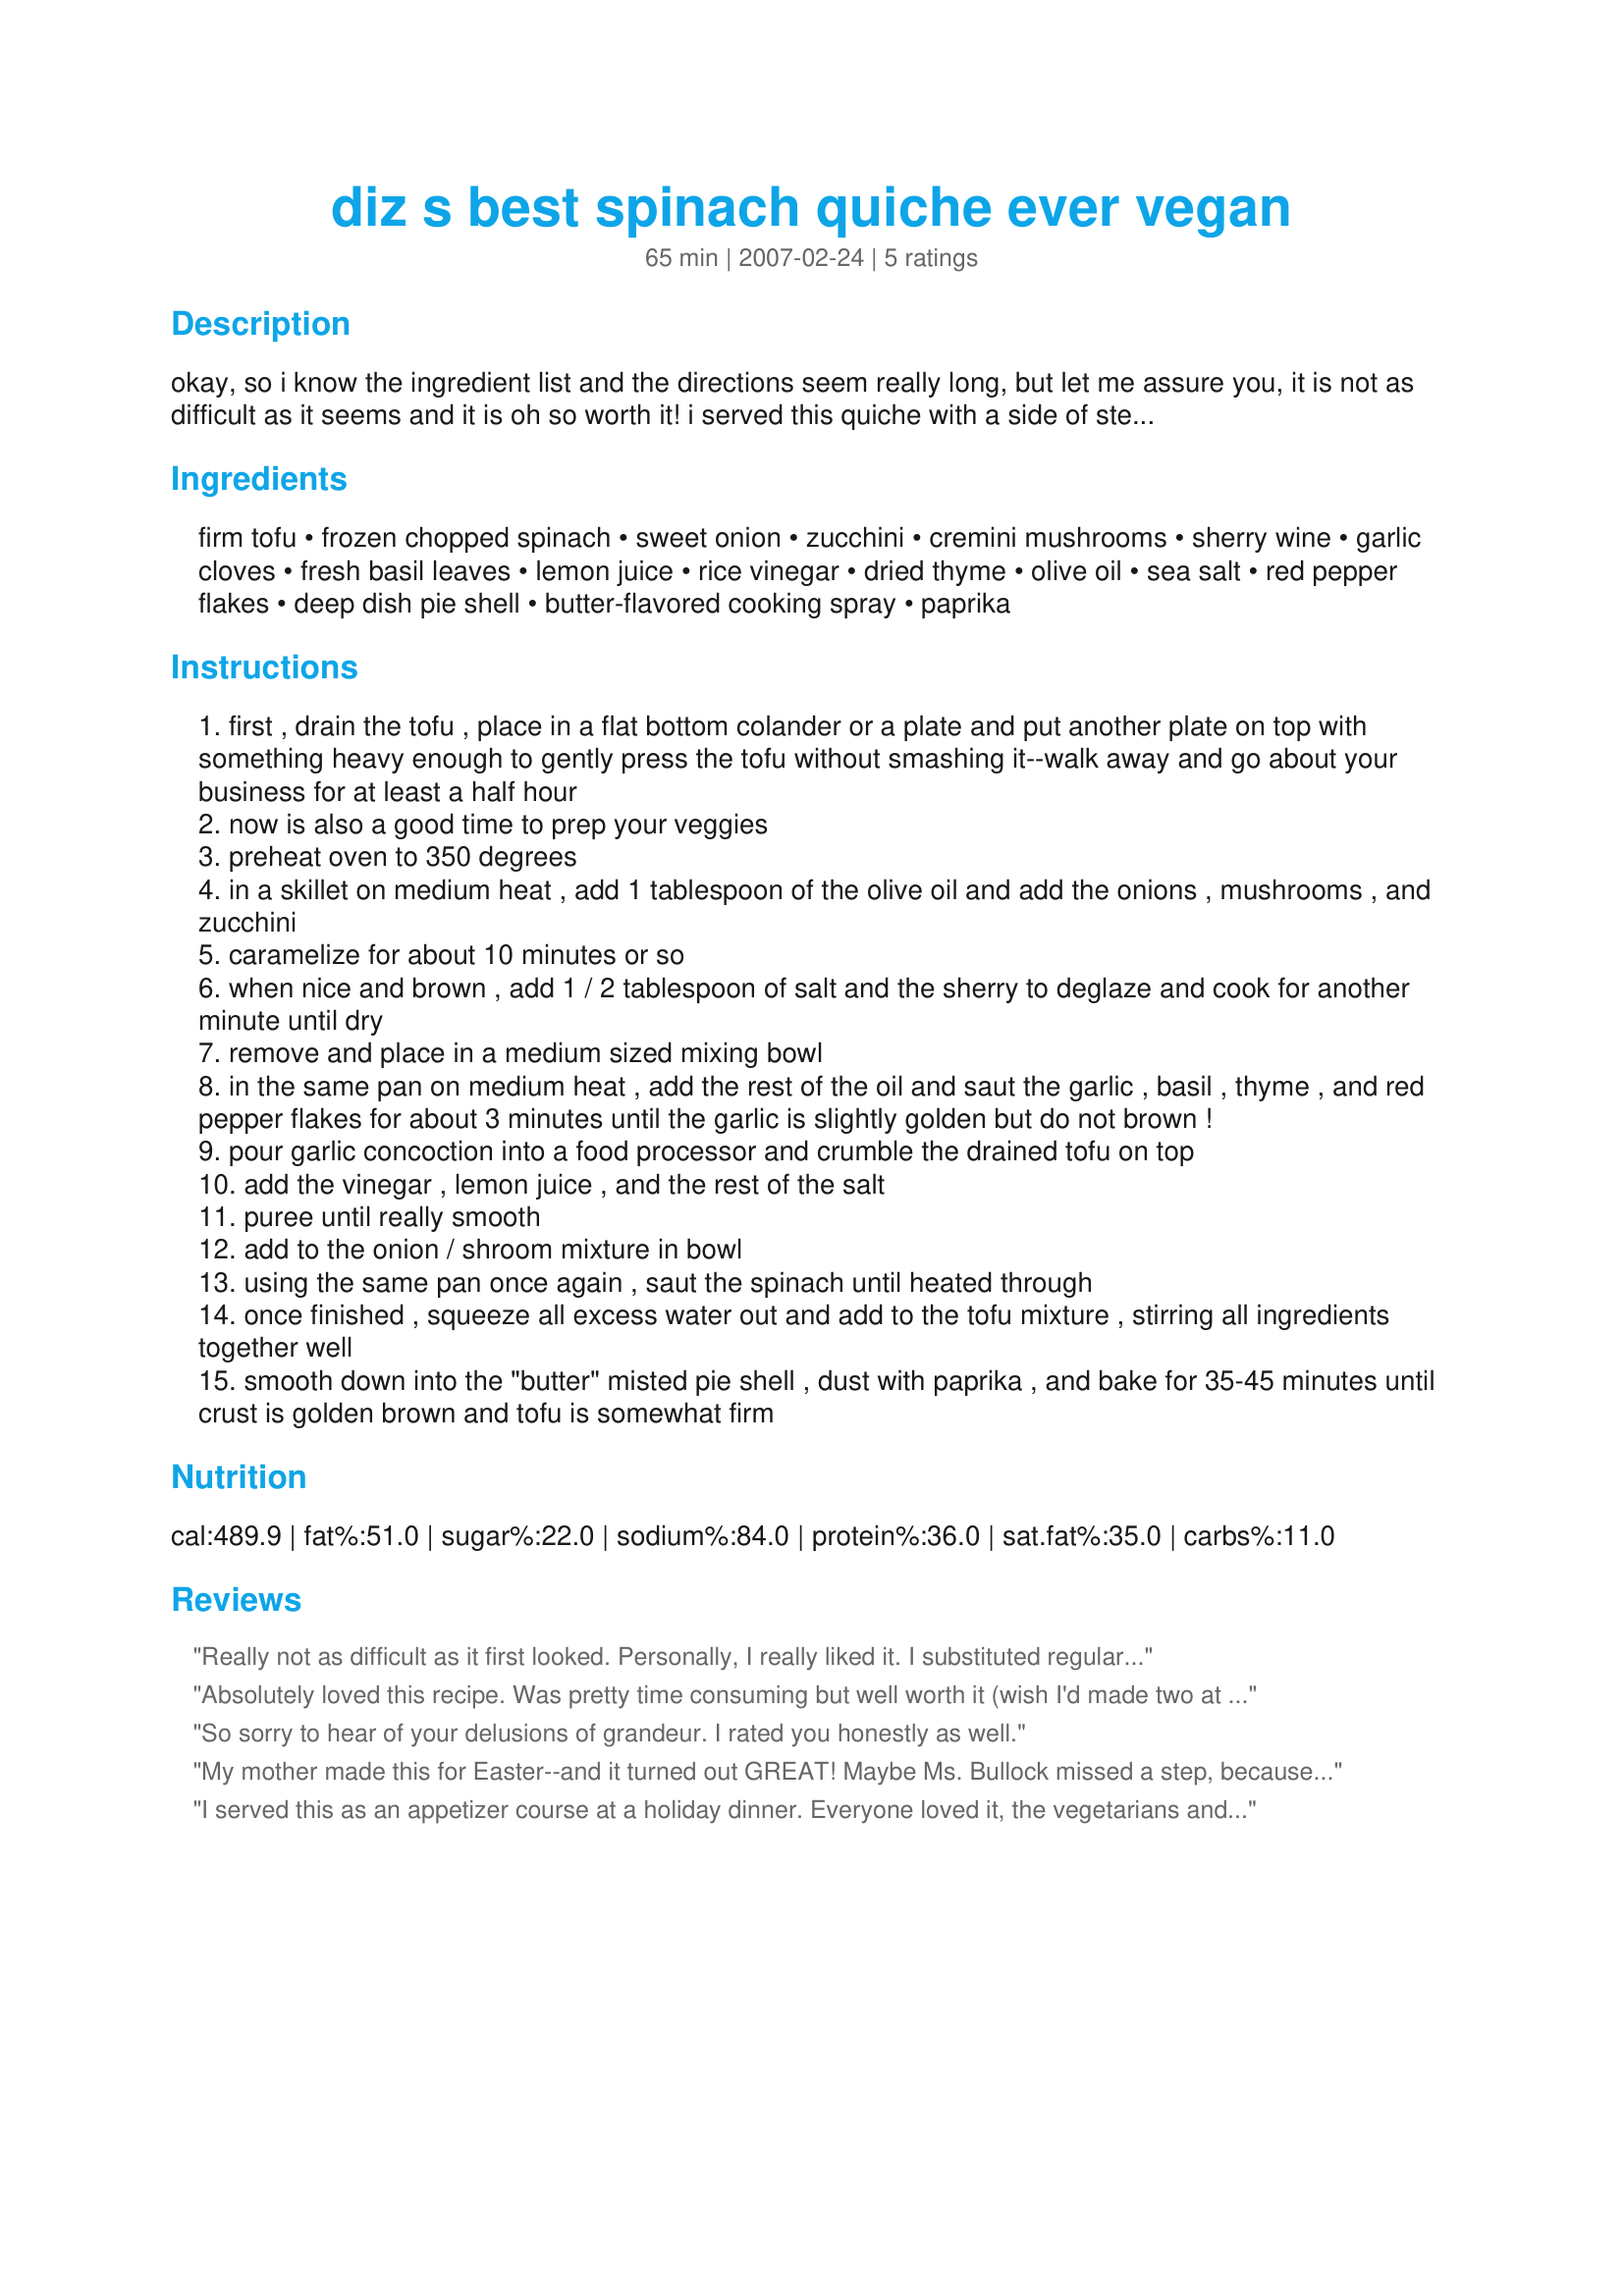
diz s best spinach quiche ever vegan
Preparation time: 65 minutes

okay, so i know the ingredient list and the directions seem really long, but let me assure you, it is not as difficult as it seems and it is oh so worth it! i served this quiche with a side of steamed cauliflower with a touch of vegan margarine.

Ingredients:
firm tofu, frozen chopped spinach, sweet onion, zucchini, cremini mushrooms, sherry wine, garlic cloves, fresh basil leaves, lemon juice, rice vinegar, dried thyme, olive oil, sea salt, red pepper flakes, deep dish pie shell, butter-flavored cooking spray, paprika

Steps:
first , drain the tofu , place in a flat bottom colander or a plate and put another plate on top with something heavy enough to gently press the tofu without smashing it--walk away and go about your business for at least a half hour
now is also a good time to prep your veggies
preheat oven to 350 degrees
in a skillet on medium heat , add 1 tablespoon of the olive oil and add the onions , mushrooms , and zucchini
caramelize for about 10 minutes or so
when nice and brown , add 1 / 2 tablespoon of salt and the sherry to deglaze and cook for another minute until dry
remove and place in a medium sized mixing bowl
in the same pan on medium heat , add the rest of the oil and saut the garlic , basil , thyme , and red pepper flakes for about 3 minutes until the garlic is slightly golden but do not brown !
pour garlic concoction into a food processor and crumble the drained tofu on top
add the vinegar , lemon juice , and the rest of the salt
puree until really smooth
add to the onion / shroom mixture in bowl
using the same pan once again , saut the spinach until heated through
once finished , squeeze all excess water out and add to the tofu mixture , stirring all ingredients together well
smooth down into the "butter" misted pie shell , dust with paprika , and bake for 35-45 minutes until crust is golden brown and tofu is somewhat firm

Reviews:
Really not as difficult as it first looked. Personally, I really liked it. I substituted regular mushrooms, because where I live, cremini mushrooms were nowhere to be found. I did not use a pie crust, either, because I personally didn't want one. I added an organic sesame seed/salt mixture that just sounded good, and it was really a nice addition. Thanks for a tasty alternative for those that prefer something other than meat (and an excellent way to hide tofu and spinach from my daughter)
Absolutely loved this recipe. Was pretty time consuming but well worth it (wish I'd made two at the same time)!
I'm a vegetarian (who doesn't eat eggs) and have been craving quiche for years; this recipe completely fulfilled my expectations. Thank you! It was also a hit with non vegetarians.
So sorry to hear of your delusions of grandeur. I rated you honestly as well.
My mother made this for Easter--and it turned out GREAT! Maybe Ms. Bullock missed a step, because both the vegans and non-vegans in the family loved this recipe! Just make sure you actually add the salt and pepper. The leftovers were great the next day!
I served this as an appetizer course at a holiday dinner. Everyone loved it, the vegetarians and the non-vegetarians. Next time I will make it without the crust as the filling was so delicious that the crust was not really necessary and I would prefer a lighter dish. I used fresh spinach and just wilted it in the pan with a few tablespoons of water after the mushrooms were finished. I did not have rice wine vinegar and used balsamic instead. I used dried basil as I did not have fresh and omitted the red pepper flakes. A few people asked for the recipe after dinner. I will be making this again. This is a great vegan recipe. Thank you for posting it.
